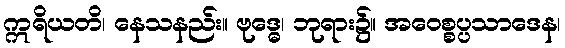
ဣရိယတိ၊ နေသနည်း။ ဗုဒ္ဓေ၊ ဘုရား၌။ အဝေစ္စပ္ပသာဒေန၊